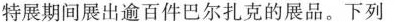
特展期间展出逾百件巴尔扎克的展品。下列